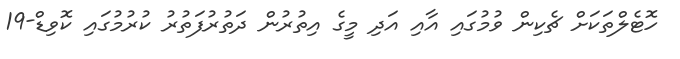
ހޮޓެލްތަކަށް ޗެކިން ވުމުގައި އާއި އަދި މީގެ އިތުރުން ދަތުރުފަތުރު ކުރުމުގައި ކޮވިޑް-19